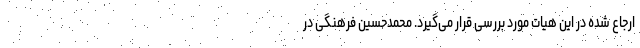
ارجاع شده در این هیات مورد بررسی قرار می‌گیرد. محمدحسین فرهنگی در